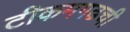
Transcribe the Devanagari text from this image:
टीकमगढची